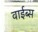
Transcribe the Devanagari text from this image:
वाईब्स